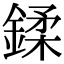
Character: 鍒